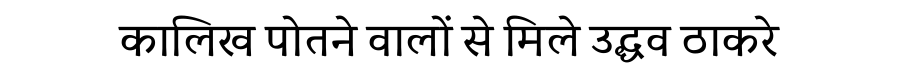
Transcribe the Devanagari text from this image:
कालिख पोतने वालों से मिले उद्धव ठाकरे